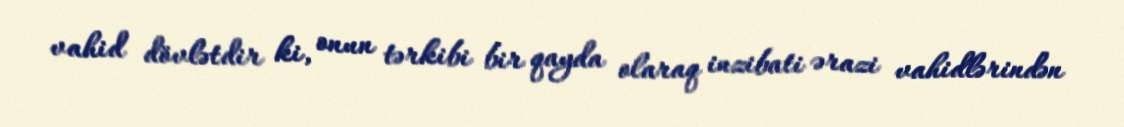
vahid dövlətdir ki, onun tərkibi bir qayda olaraq inzibati ərazi vahidlərindən